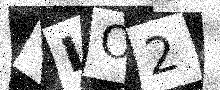
Text: GLO2